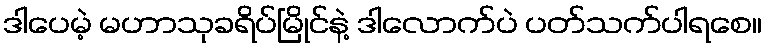
ဒါပေမဲ့ မဟာသုခရိပ်မြိုင်နဲ့ ဒါလောက်ပဲ ပတ်သက်ပါရစေ။